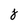
Character: 8